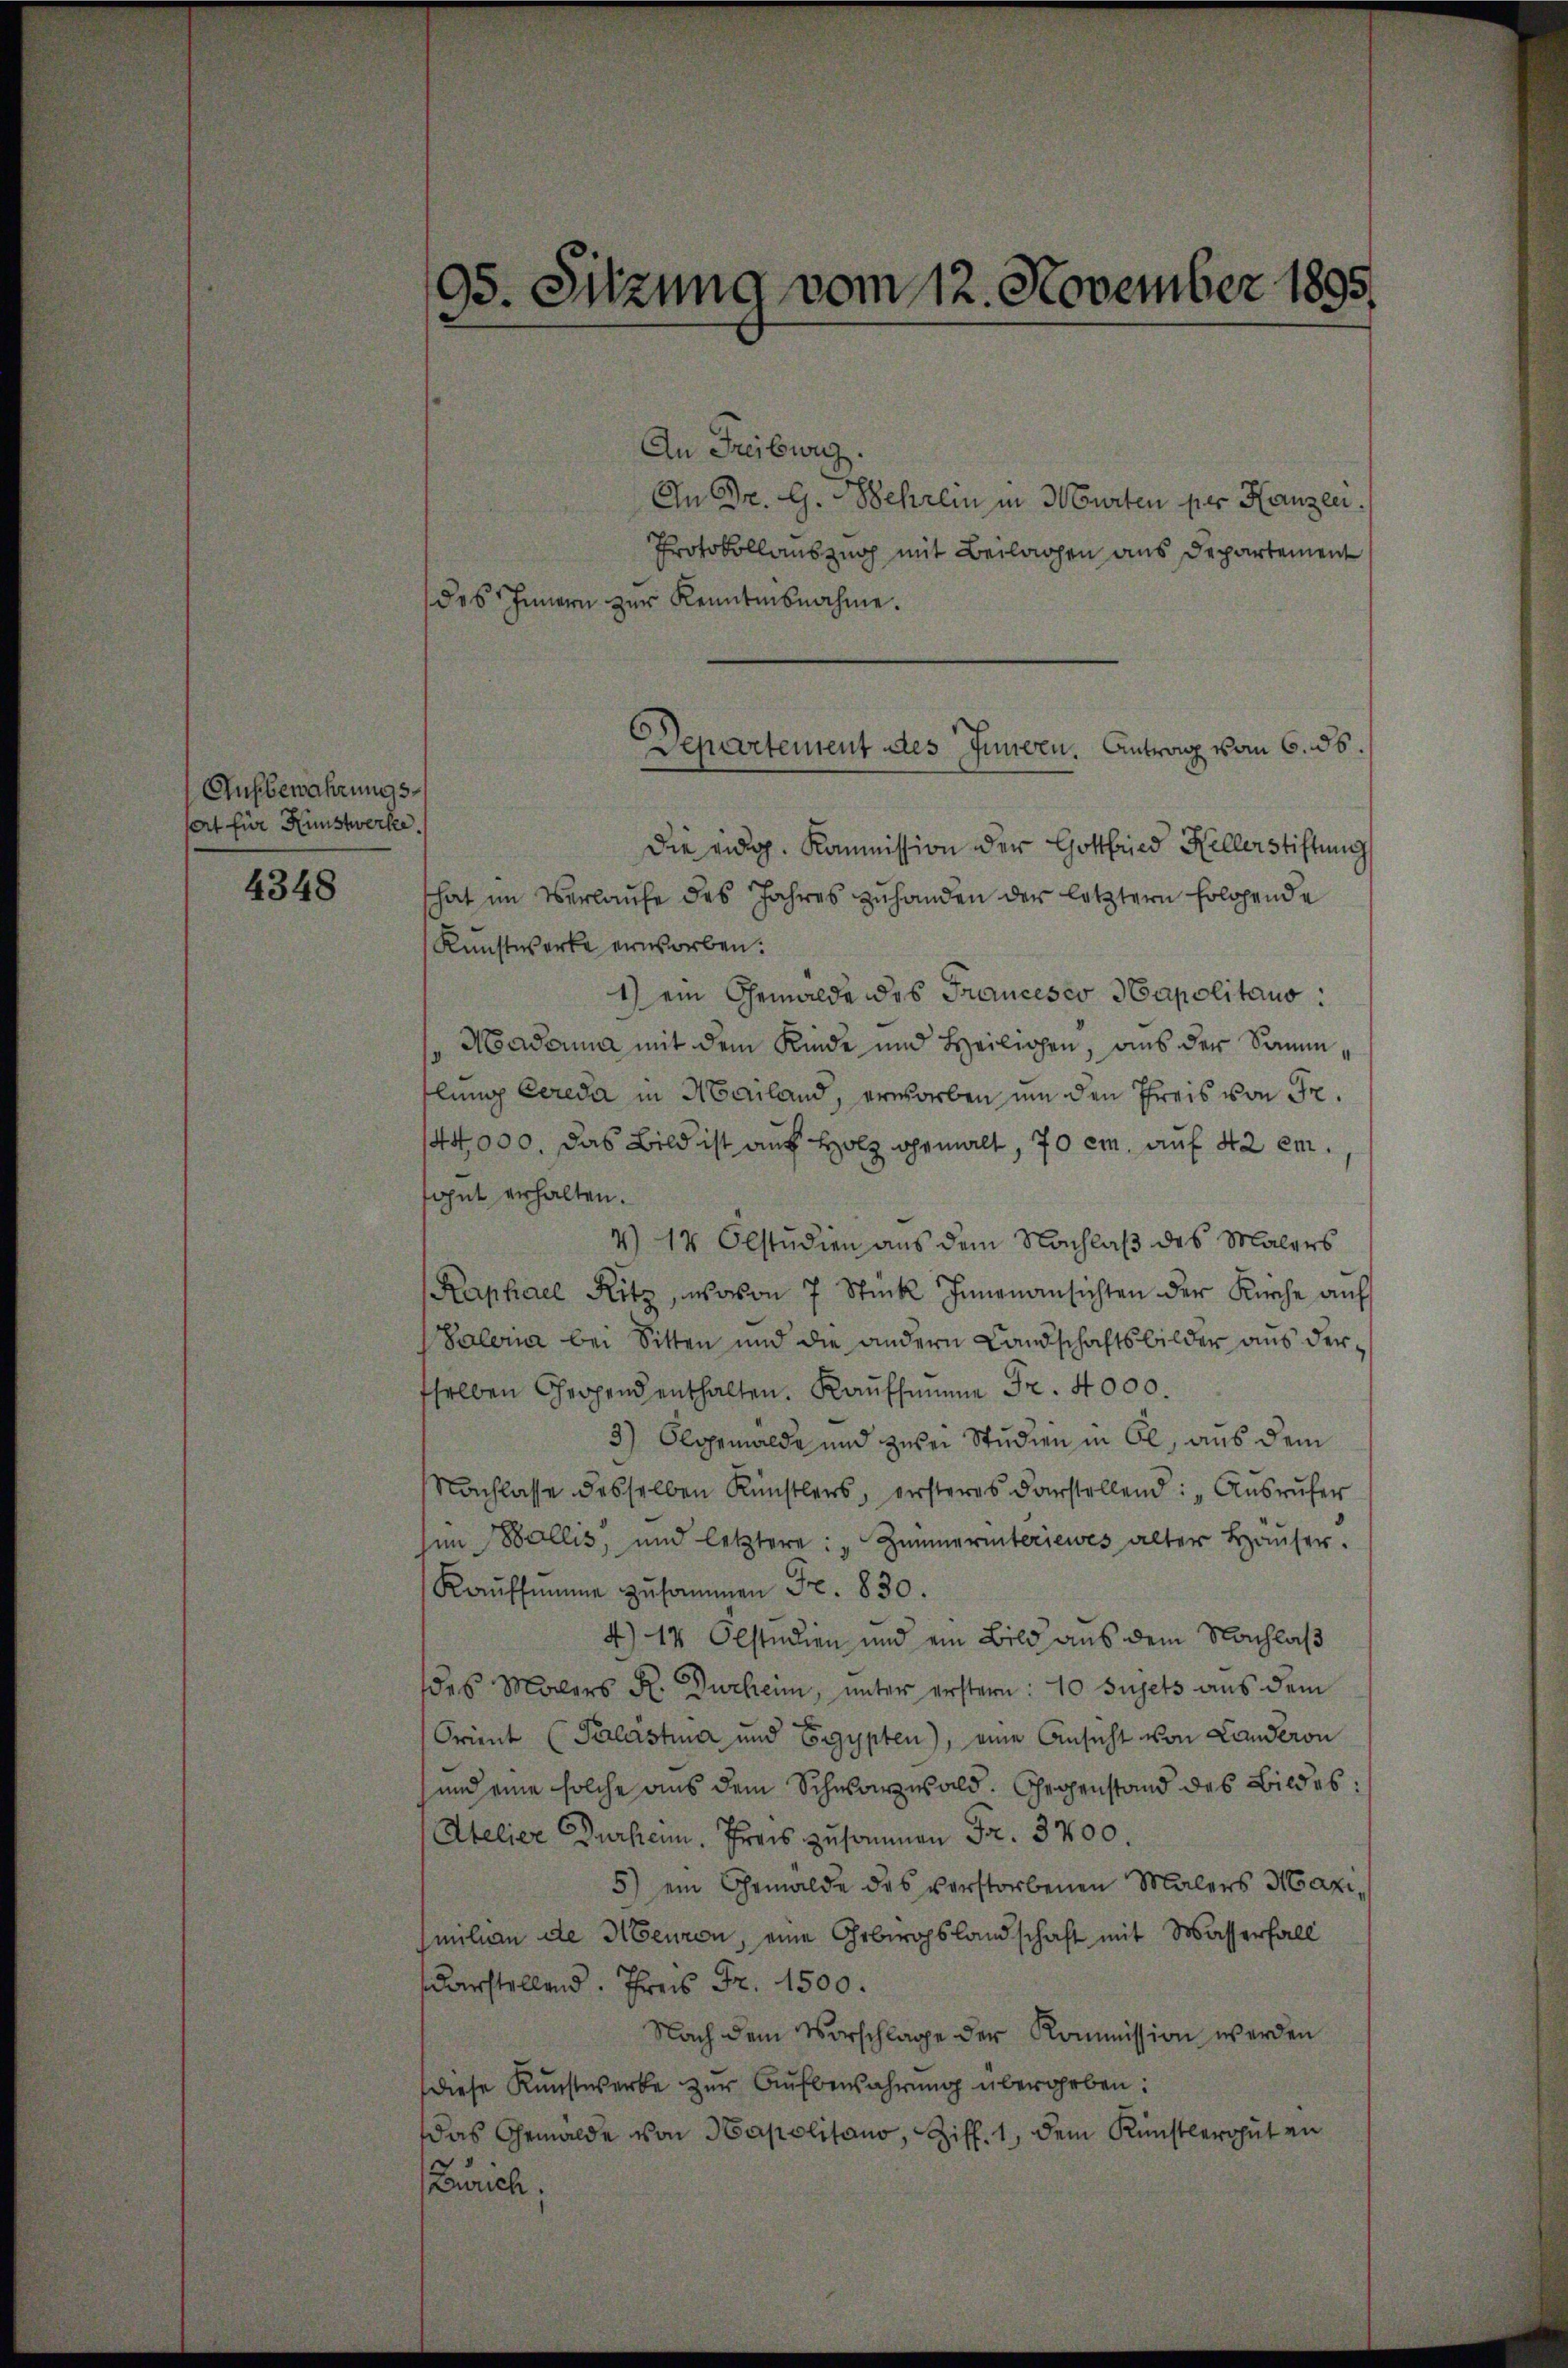
Aufbewahrungsert für Kunstwerke.

4348

95. Sitzung vom 12. November 1895

An Freiburg.
An Dr. G. Wehrlin in Murten per Kanzen.
Protokollauszug mit Beilagen aus Departement
des Innern zur Kenntnisnahme.
Die eidg. Kommission der Gottfried Kellerstiftung
hat im Verlaufe des Jahres zuhanden der letztern folgende
Kunstwerke erworben.
1) ein Gemälde des Francesco Hapolitaus:
Madonna mit dem Kinde und Heiligen, aus der Sammtlung Cereda in Mailand, erworben um den Khreis von Fr.
144000. Das Bild ist auf Holz gemalt, 70 cm. auf 42 em
gut erhalten.
4) 11 Obstudien aus dem Nachlaß des Malers
Raphael Ritz, wovon 7 Stück Innenansichten der Kirche auf
Paleria bei Sitten und die andern Landschaftsbilder aus dersselben Chrohend enthalten. Kaufsumme Fr. 4000
3) Olgemälde und zubei Studien in Öl, aus dem
Nachlasse desselben Künstlers, ersteres darstellend: „Ausrufer
im Wallis, und letztere: „Zimmerinteriewes alter Häuser.
Kaŭfsŭmme zusammen Fr. 830.
4) 14 Olstudien und ein Bild aus dem Nachlaß
des Malers R. Durheim, unter erstern: 10 sujets aus dem
Orient (Palastina und Egypten), eine Ansicht von Landeron
und eine solche aus dem Schwarzwald. Gegenstand des Bildes:
Atelier Burkann. Preis zusammen Fr. 3200.
5) ein Gemälde des verstorbenen Malers Maximilien de Neuren, eine Gebirgslandschaft mit Wasserfall
arstellend. Frei Fr. 1500.
Nach dem Vorschlage der Kommission werden
diese Kunstwerke zŭr Aŭfbewahrung übergeben:
das Gemälde von Hapolitano, Ziff. 1, dem Künstlerguten
Zürich,

Departement des Innern. Antrag vom 6. ds.